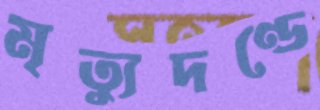
মৃত্যুদণ্ডে